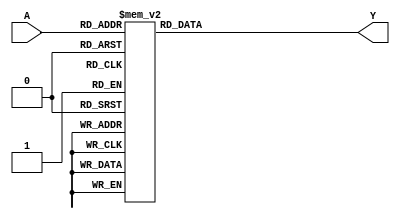
module PrimeImplicantLogic (
    input [3:0] A,          // 4-bit input representing variables (can change based on requirements)
    output reg [1:0] Y      // 2-bit output for the minimized Boolean function
);

// Declare the truth table as a combinational logic block
always @(*) begin
    case (A)
        4'b0000: Y = 2'b00; // Input 0, output Y = 0
        4'b0001: Y = 2'b00; // Input 1, output Y = 0
        4'b0010: Y = 2'b01; // Input 2, output Y = 1
        4'b0011: Y = 2'b01; // Input 3, output Y = 1
        4'b0100: Y = 2'b10; // Input 4, output Y = 2
        4'b0101: Y = 2'b10; // Input 5, output Y = 2
        4'b0110: Y = 2'b00; // Input 6, output Y = 0
        4'b0111: Y = 2'b01; // Input 7, output Y = 1
        4'b1000: Y = 2'b10; // Input 8, output Y = 2
        4'b1001: Y = 2'b11; // Input 9, output Y = 3
        4'b1010: Y = 2'b10; // Input 10, output Y = 2
        4'b1011: Y = 2'b11; // Input 11, output Y = 3
        4'b1100: Y = 2'b00; // Input 12, output Y = 0
        4'b1101: Y = 2'b01; // Input 13, output Y = 1
        4'b1110: Y = 2'b01; // Input 14, output Y = 1
        4'b1111: Y = 2'b10; // Input 15, output Y = 2
        default: Y = 2'b00; // Default case, output Y = 0
    endcase
end

endmodule